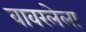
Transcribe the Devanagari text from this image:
वावरलेला